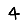
Digit: 4